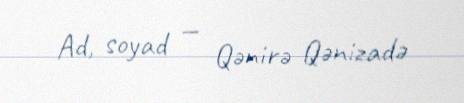
Ad, soyad — Qənirə Qənizadə